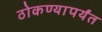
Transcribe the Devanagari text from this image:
ठोकण्यापर्यंत